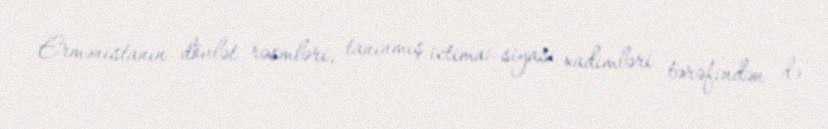
Ermənistanın dövlət rəsmləri, tanınmış ictimai-siyasi xadimləri tərəfindən də